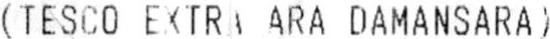
(TESCO EXTRA ARA DAMANSARA)